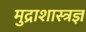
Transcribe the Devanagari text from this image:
मुद्राशास्त्रज्ञ